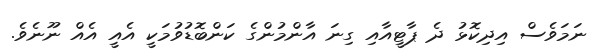
ނަމަވެސް އިދިކޮޅު ދެ ޕާޓީއާއި ގިނަ އާންމުންގެ ކަންބޮޑުވުމަކީ އެއީ އެއް ނޫނެވެ.